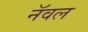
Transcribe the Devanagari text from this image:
नॅवल